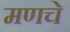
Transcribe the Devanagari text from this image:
मणचे